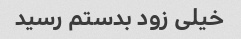
خیلی زود بدستم رسید